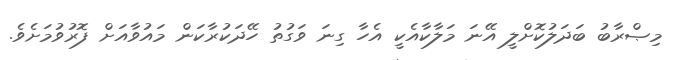
މިޞްރާބު ބަދަލުކޮށްލީ އޭނަ މަލާކާއެކީ އެހާ ގިނަ ވަގުތު ހޭދަކުރާކަން މައުވާއަށް ފޮރުވުމަށެވެ.